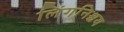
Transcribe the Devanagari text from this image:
लिंगनिश्चय